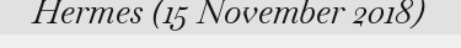
Hermes (15 November 2018)